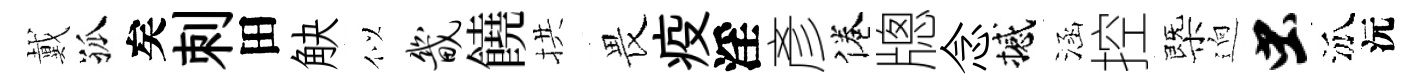
戴孤矣刺田觖似畿饒拱畏疫淫彥倦牕念撼涵控㮣逈虫泒沅